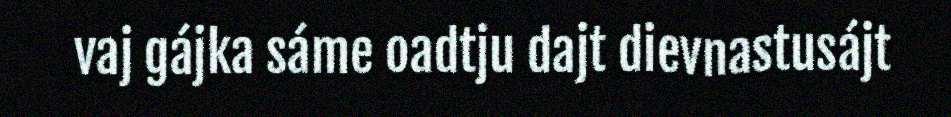
vaj gájka sáme oadtju dajt dievnastusájt